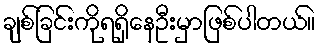
ချစ်ခြင်းကိုရရှိနေဦးမှာဖြစ်ပါတယ်။